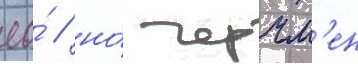
ео́ / но́ черчм'ен